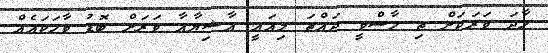
ހާދަ ވަރަކަށް ތި ހާސްވީ ދައްތަ މިއައީ އާޝިޔާއާ ވަރަށް ބޮޑު ވާހަކައެއް